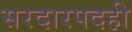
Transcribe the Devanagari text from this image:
सरदारपदही